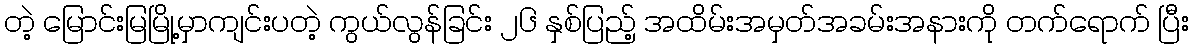
တဲ့ မြောင်းမြမြို့မှာကျင်းပတဲ့ ကွယ်လွန်ခြင်း ၂၆ နှစ်ပြည့် အထိမ်းအမှတ်အခမ်းအနားကို တက်ရောက် ပြီး